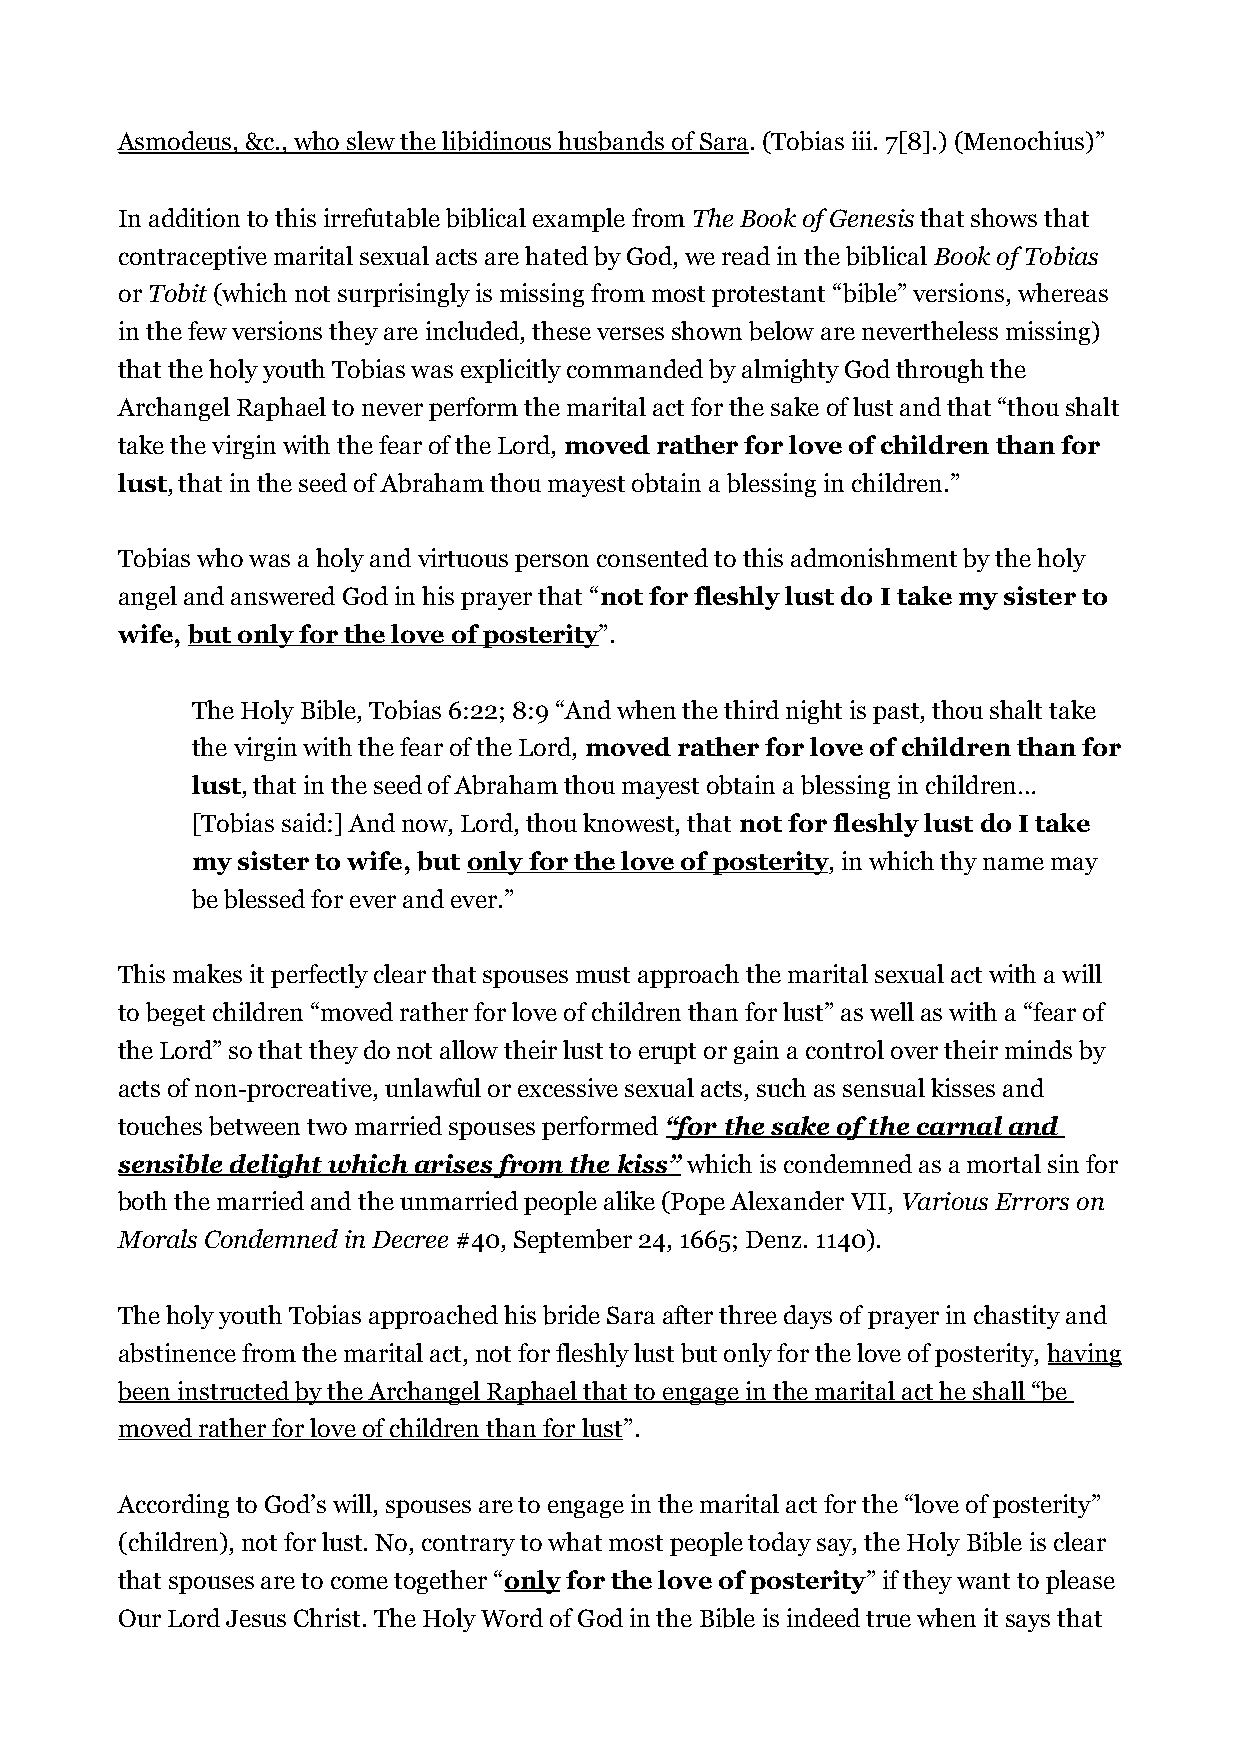
Asmodeus, &c., who slew the libidinous husbands of Sara. (Tobias iii. 7[8].) (Menochius)”
 In addition to this irrefutable biblical example from The Book of Genesis that shows that
 contraceptive marital sexual acts are hated by God, we read in the biblical Book of Tobias
 or Tobit (which not surprisingly is missing from most protestant “bible” versions, whereas
 in the few versions they are included, these verses shown below are nevertheless missing)
 that the holy youth Tobias was explicitly commanded by almighty God through the
 Archangel Raphael to never perform the marital act for the sake of lust and that “thou shalt
 take the virgin with the fear of the Lord, moved rather for love of children than for
 lust, that in the seed of Abraham thou mayest obtain a blessing in children.”
 Tobias who was a holy and virtuous person consented to this admonishment by the holy
 angel and answered God in his prayer that “not for fleshly lust do I take my sister to
 wife, but only for the love of posterity”.
 The Holy Bible, Tobias 6:22; 8:9 “And when the third night is past, thou shalt take
 the virgin with the fear of the Lord, moved rather for love of children than for
 lust, that in the seed of Abraham thou mayest obtain a blessing in children…
 [Tobias said:] And now, Lord, thou knowest, that not for fleshly lust do I take
 my sister to wife, but only for the love of posterity, in which thy name may
 be blessed for ever and ever.”
 This makes it perfectly clear that spouses must approach the marital sexual act with a will
 to beget children “moved rather for love of children than for lust” as well as with a “fear of
 the Lord” so that they do not allow their lust to erupt or gain a control over their minds by
 acts of non-procreative, unlawful or excessive sexual acts, such as sensual kisses and
 touches between two married spouses performed “for the sake of the carnal and
 sensible delight which arises from the kiss” which is condemned as a mortal sin for
 both the married and the unmarried people alike (Pope Alexander VII, Various Errors on
 Morals Condemned in Decree #40, September 24, 1665; Denz. 1140).
 The holy youth Tobias approached his bride Sara after three days of prayer in chastity and
 abstinence from the marital act, not for fleshly lust but only for the love of posterity, having
 been instructed by the Archangel Raphael that to engage in the marital act he shall “be
 moved rather for love of children than for lust”.
 According to God’s will, spouses are to engage in the marital act for the “love of posterity”
 (children), not for lust. No, contrary to what most people today say, the Holy Bible is clear
 that spouses are to come together “only for the love of posterity” if they want to please
 Our Lord Jesus Christ. The Holy Word of God in the Bible is indeed true when it says that